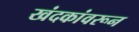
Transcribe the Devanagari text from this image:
खंदकांवरून